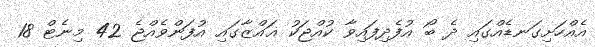
އެއްހަށިގަނޑެއްގައި ދެ ބޯ އުފެދިފައިވާ ކުއްޖަކު ޣައްޒާގައި އުފަންވެއްޖެ 42 މިނެޓް 18